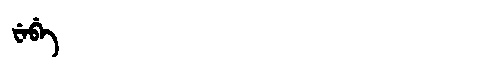
Manchu: ᠸᡝᠪᡝ
Romanization: WEBE